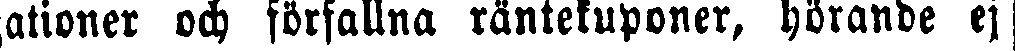
gationer och förfallna räntekuponer, hörande ej